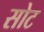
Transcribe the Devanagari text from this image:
सोट